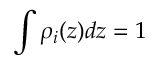
\int { { \rho } _ { i } ( z ) d z } = 1